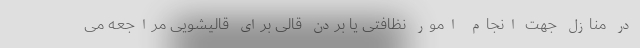
در منازل جهت انجام امور نظافتی یا بردن قالی برای قالیشویی مراجعه می